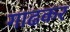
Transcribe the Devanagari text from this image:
गाढकर